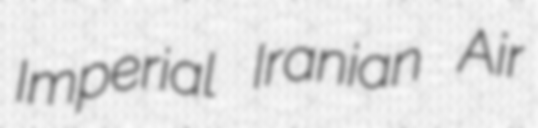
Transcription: Imperial Iranian Air